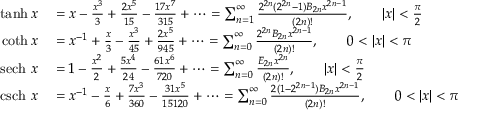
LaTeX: \begin{array} { r l } { \operatorname { t a n h } x } & { { } = x - { \frac { x ^ { 3 } } { 3 } } + { \frac { 2 x ^ { 5 } } { 1 5 } } - { \frac { 1 7 x ^ { 7 } } { 3 1 5 } } + \cdots = \sum _ { n = 1 } ^ { \infty } { \frac { 2 ^ { 2 n } ( 2 ^ { 2 n } - 1 ) B _ { 2 n } x ^ { 2 n - 1 } } { ( 2 n ) ! } } , \qquad \left| x \right| < { \frac { \pi } { 2 } } } \\ { \coth x } & { { } = x ^ { - 1 } + { \frac { x } { 3 } } - { \frac { x ^ { 3 } } { 4 5 } } + { \frac { 2 x ^ { 5 } } { 9 4 5 } } + \cdots = \sum _ { n = 0 } ^ { \infty } { \frac { 2 ^ { 2 n } B _ { 2 n } x ^ { 2 n - 1 } } { ( 2 n ) ! } } , \qquad 0 < \left| x \right| < \pi } \\ { \operatorname { s e c h } \, x } & { { } = 1 - { \frac { x ^ { 2 } } { 2 } } + { \frac { 5 x ^ { 4 } } { 2 4 } } - { \frac { 6 1 x ^ { 6 } } { 7 2 0 } } + \cdots = \sum _ { n = 0 } ^ { \infty } { \frac { E _ { 2 n } x ^ { 2 n } } { ( 2 n ) ! } } , \qquad \left| x \right| < { \frac { \pi } { 2 } } } \\ { \operatorname { c s c h } \, x } & { { } = x ^ { - 1 } - { \frac { x } { 6 } } + { \frac { 7 x ^ { 3 } } { 3 6 0 } } - { \frac { 3 1 x ^ { 5 } } { 1 5 1 2 0 } } + \cdots = \sum _ { n = 0 } ^ { \infty } { \frac { 2 ( 1 - 2 ^ { 2 n - 1 } ) B _ { 2 n } x ^ { 2 n - 1 } } { ( 2 n ) ! } } , \qquad 0 < \left| x \right| < \pi } \end{array}